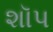
શૉપ